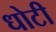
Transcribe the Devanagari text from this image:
धोटी